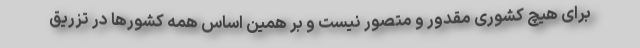
برای هیچ کشوری مقدور و متصور نیست و بر همین اساس همه کشورها در تزریق